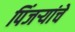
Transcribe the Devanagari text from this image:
पिंजऱ्यांचे